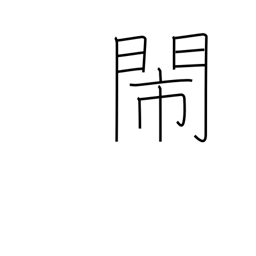
Meaning: noisy